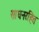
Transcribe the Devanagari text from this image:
साधनरहित